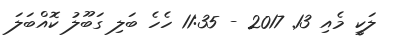
ލަކީ މެއި 13